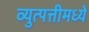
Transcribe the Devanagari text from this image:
व्युत्पत्तीमध्ये